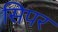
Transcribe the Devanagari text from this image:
सिपर